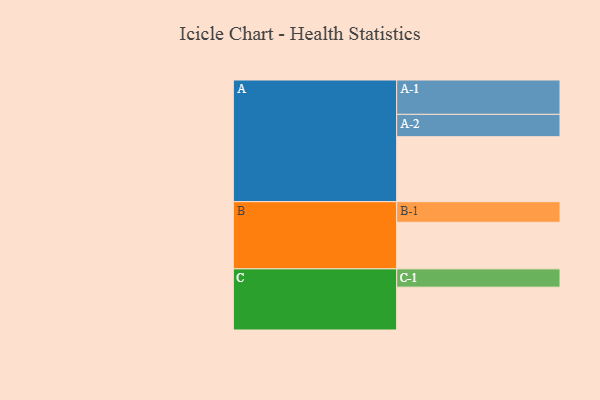
{"axis": {"x": "Segment", "y": "Value"}, "legend": ["", "A", "B", "C"], "data": [{"x": "A", "y": 558, "type": ""}, {"x": "B", "y": 400, "type": ""}, {"x": "C", "y": 368, "type": ""}, {"x": "A-1", "y": 295, "type": "A"}, {"x": "A-2", "y": 192, "type": "A"}, {"x": "B-1", "y": 177, "type": "B"}, {"x": "C-1", "y": 157, "type": "C"}]}